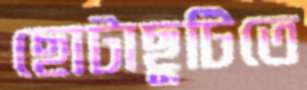
ছোটাছুটিতে